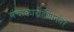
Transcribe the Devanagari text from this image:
मंचाकारोहणानंतर